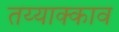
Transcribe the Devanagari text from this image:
तय्याक्काव